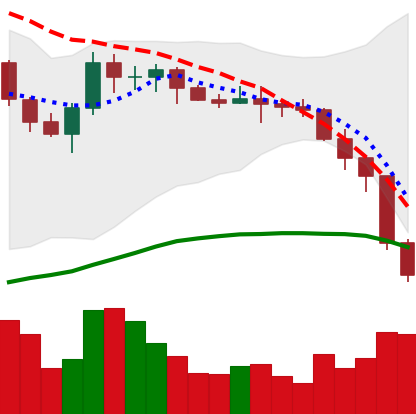
Ticker: XMR-USD
Chart end date: 2022-06-14
Forward return: -4.248%
Label: down_3_5